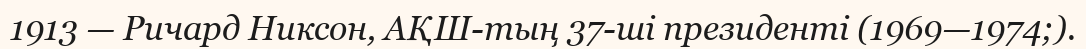
1913 — Ричард Никсон, АҚШ-тың 37-ші президенті (1969—1974;).